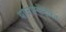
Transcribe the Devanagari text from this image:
बाजारकेंद्रित